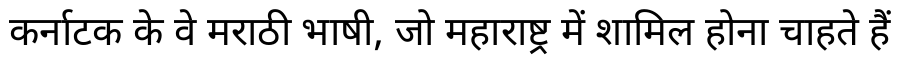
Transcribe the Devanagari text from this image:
कर्नाटक के वे मराठी भाषी, जो महाराष्ट्र में शामिल होना चाहते हैं